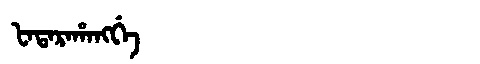
Manchu: ᡶᠠᡨᠠᡵᠠᡥᠠᠩᡤᡝ
Romanization: FATARAHANGGE